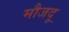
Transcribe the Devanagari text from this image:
मौजदू